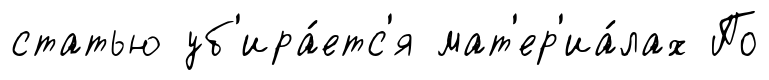
статью уб'ира́етс'я мат'ер'иа́лах По